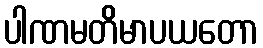
ပါဏမတိမာပယတော